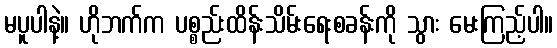
မပူပါနဲ့။ ဟိုဘက်က ပစ္စည်းထိန်းသိမ်းရေးစခန်းကို သွား မေးကြည့်ပါ။